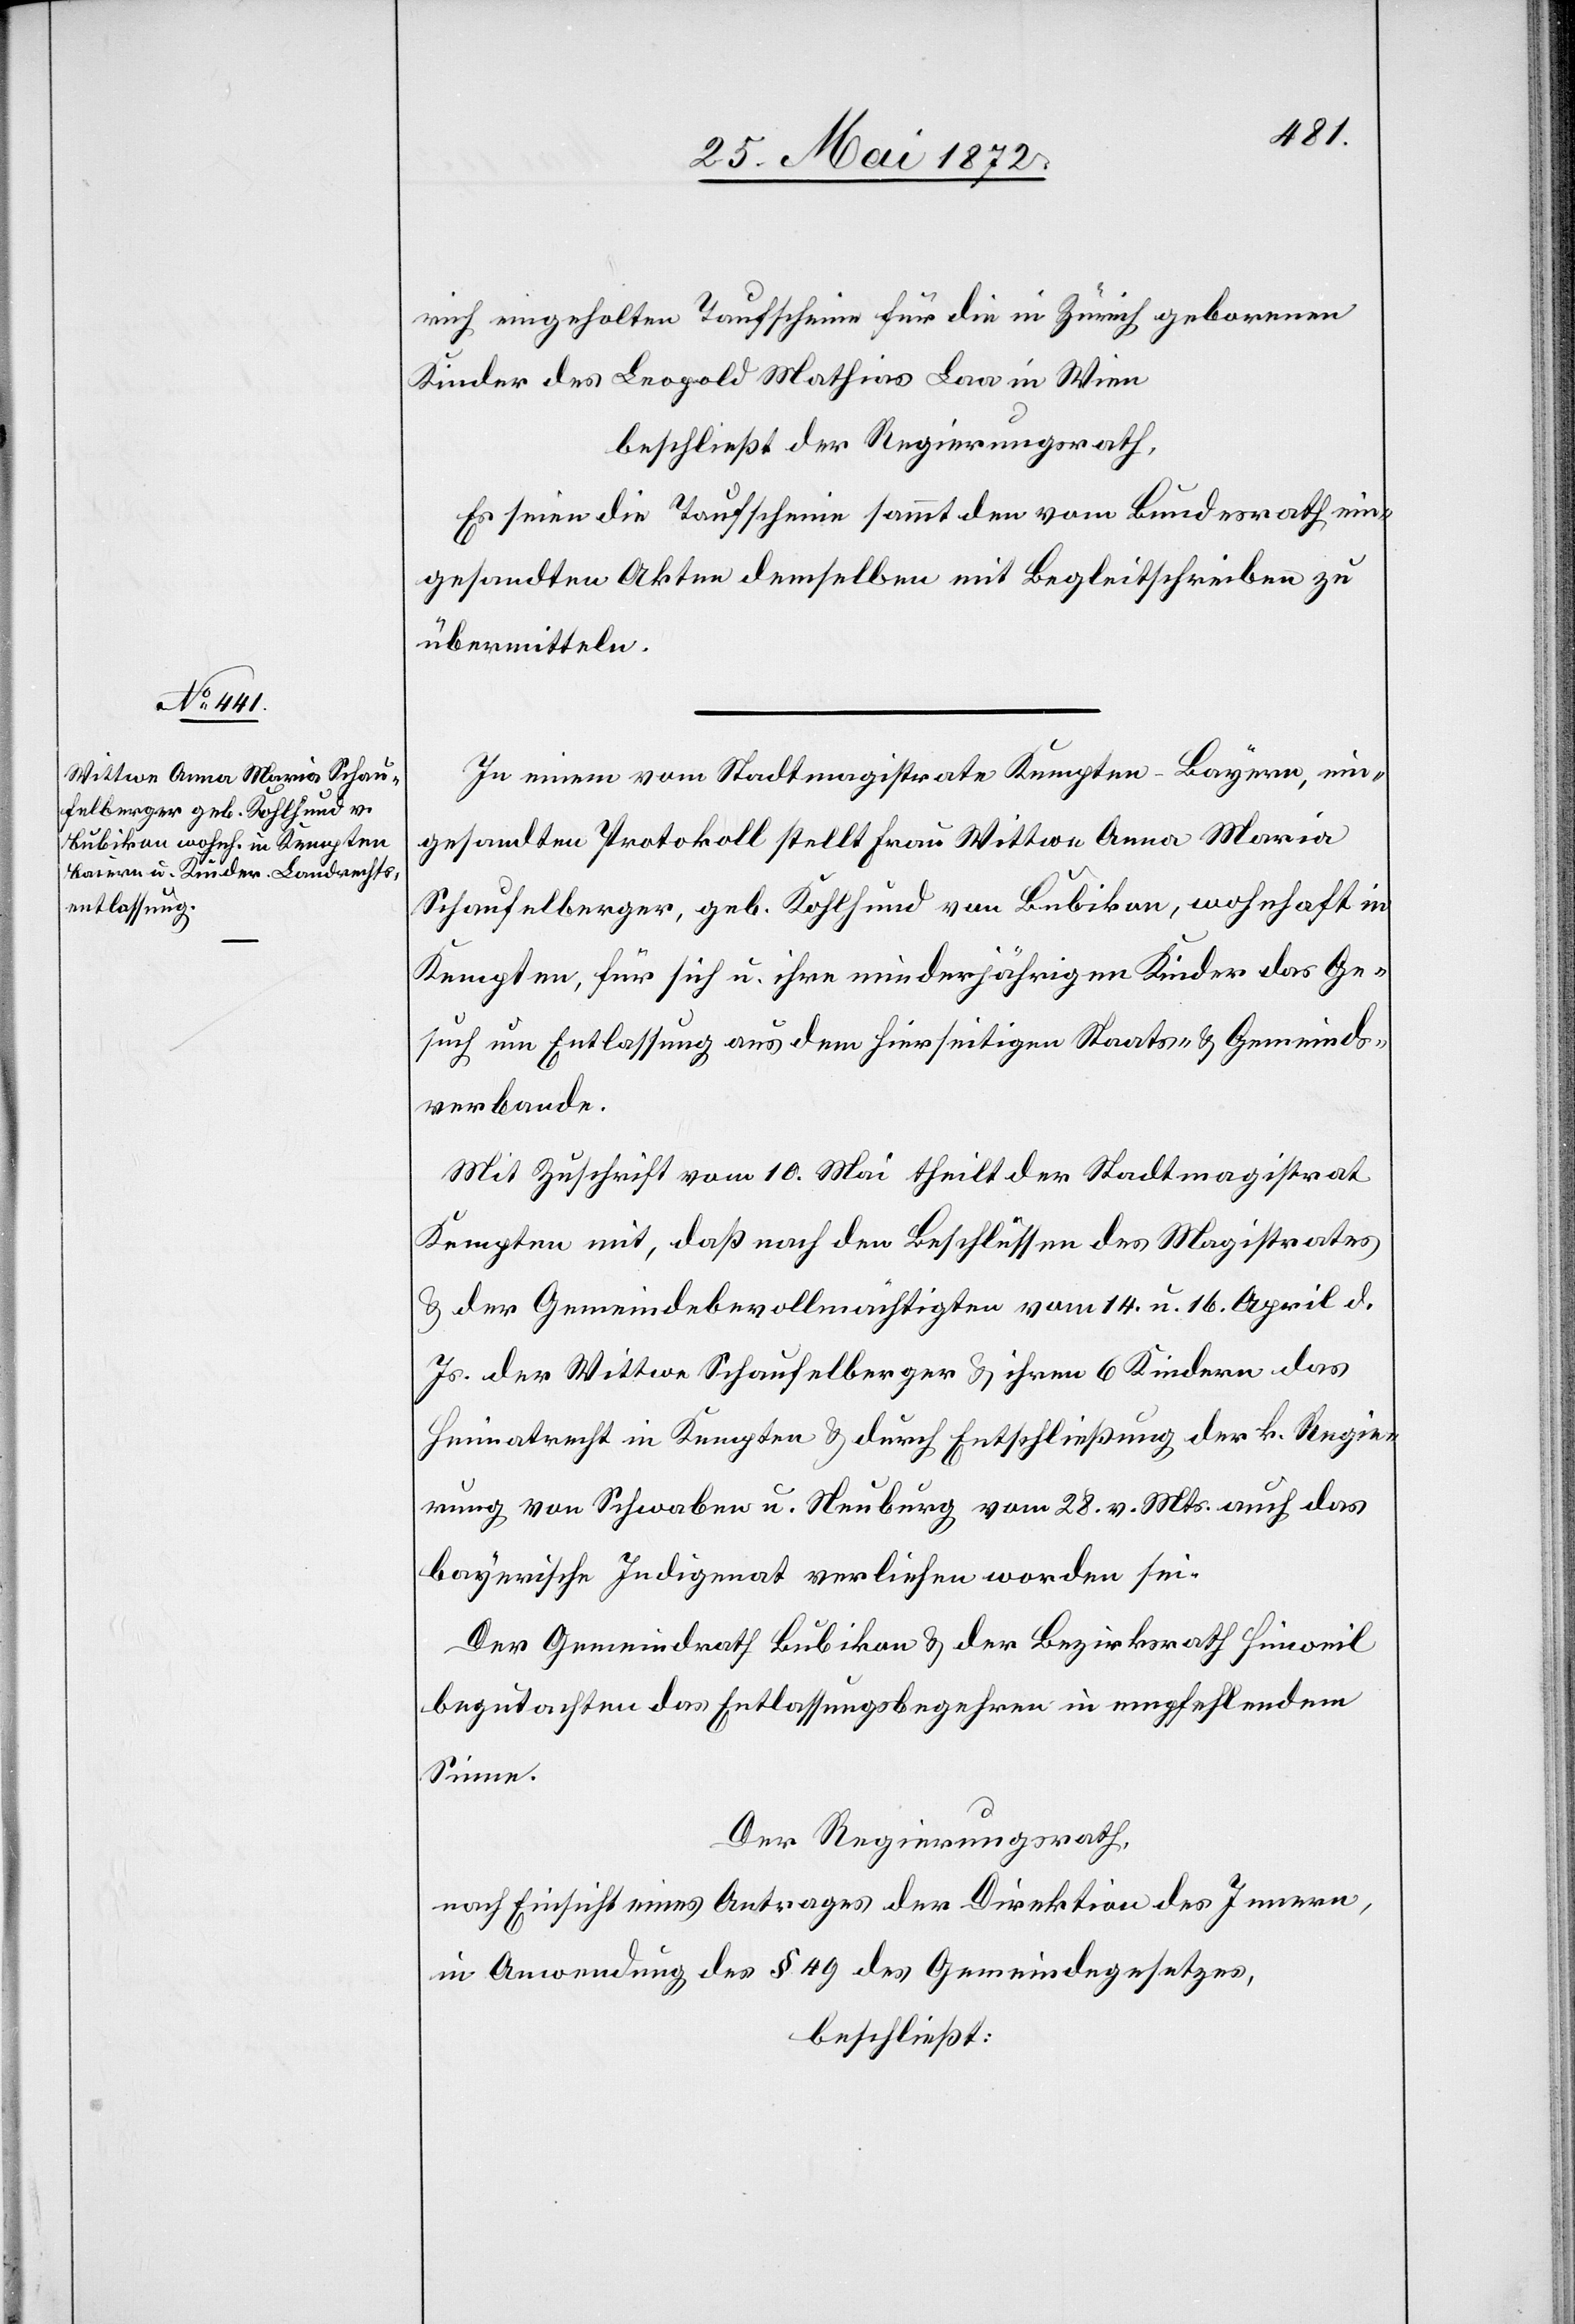
rich eingeholten Taufscheine für die in Zürich geborenen
Kinder des Leopold Mathias Laa in Wien
beschließt der Regierungsrath,
Es seien die Taufscheine sammt den vom Bundesrath ein¬
gesandten Akten demselben mit Begleitschreiben zu
übermitteln.
In einem vom Stadtmagistrate Kempten-Bayern ein¬
gesandten Protokoll stellt Frau Wittwe Anna Maria
Schaufelberger, geb. Kohlhund von Bubikon, wohnhaft in
Kempten, für sich u. ihre minderjährigen Kinder das Ge¬
such um Entlassung aus dem hierseitigen Staats- u. Gemeinds¬
verbande.
Mit Zuschrift vom 10. Mai theilt der Stadtmagistrat
Kempten mit, daß nach den Beschlüssen des Magistrates
u. der Gemeindebevollmächtigten vom 14. u. 16. April d.
Js. der Wittwe Schaufelberger u. ihren 6 Kindern das
Heimatrecht in Kempten u. durch Entschließung der k. Regie¬
rung von Schwaben u. Neuburg vom 28. v. Mts. auch das
bayerische Indigenat verliehen worden sei.
Der Gemeindrath Bubikon u. der Bezirksrath Hinweil
begutachten das Entlassungsbegehren in empfehlendem
Sinne.
Der Regierungsrath,
nach Einsicht eines Antrages der Direktion des Innern,
in Anwendung des § 49 des Gemeindegesetzes,
beschließt: